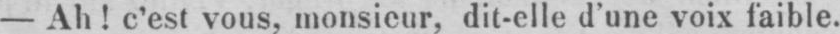
- Ah! c’est vous, monsieur, dit-elle d’une voix faible.